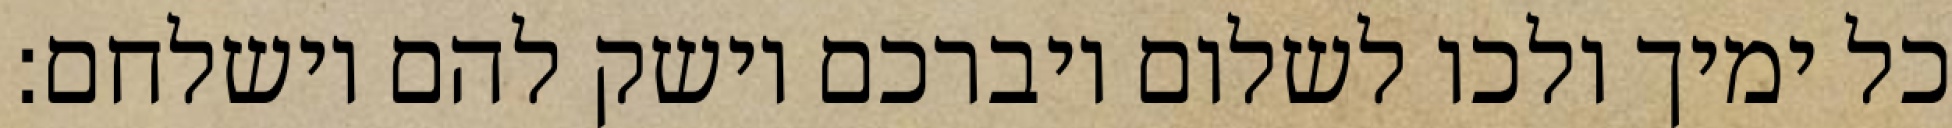
כל ימיך ולכו לשלום ויברכם וישק להם וישלחם: